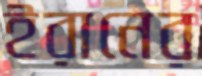
ইরানের